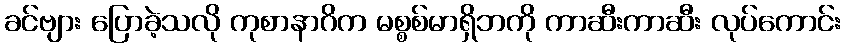
ခင်ဗျား ပြောခဲ့သလို ကုစာနာဂိက မစ္စစ်မာရှိဘကို ကာဆီးကာဆီး လုပ်ကောင်း